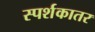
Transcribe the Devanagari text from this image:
स्पर्शकातर